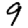
Digit: 9